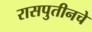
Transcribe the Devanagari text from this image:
रासपुतीनचे